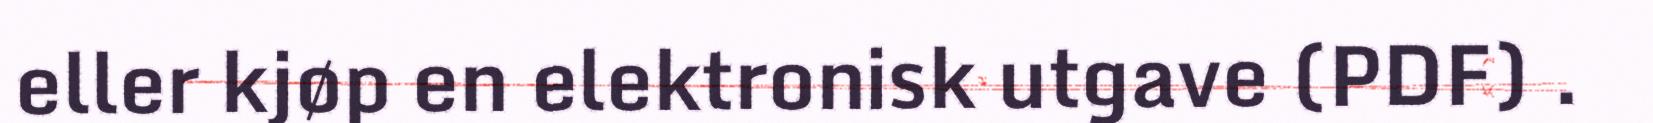
eller kjøp en elektronisk utgave (PDF) .